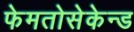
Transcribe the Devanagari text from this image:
फेमतोसेकेन्‍ड